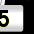
Digit: 5